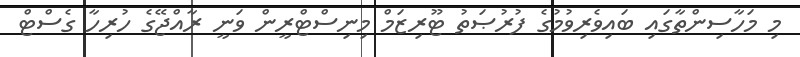
މި މަހާސިންތާގައި ބައިވެރިވުމުގެ ފުރުޞަތު ޓޫރިޒަމް މިނިސްޓްރީން ވަނީ ރާއްޖޭގެ ހުރިހާ ގެސްޓް